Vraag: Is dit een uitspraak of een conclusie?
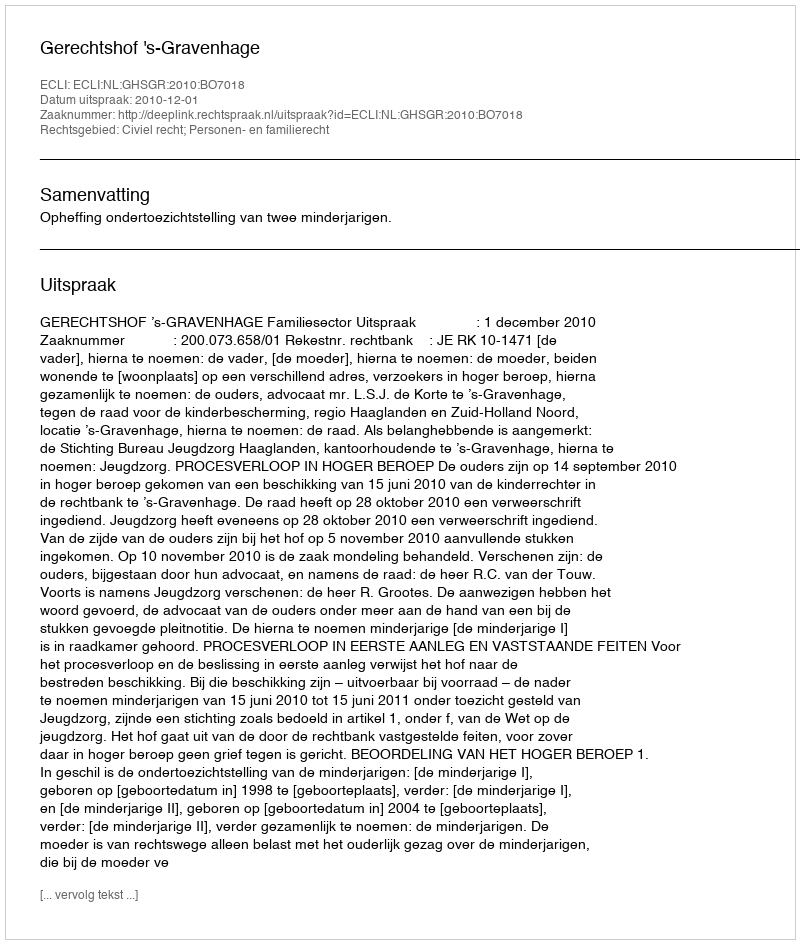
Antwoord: Uitspraak